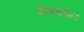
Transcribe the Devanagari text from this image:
मैलावरील